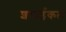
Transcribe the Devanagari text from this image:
शमाईकल